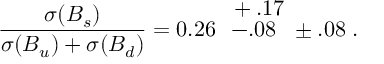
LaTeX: \frac { \sigma ( B _ { s } ) } { \sigma ( B _ { u } ) + \sigma ( B _ { d } ) } = 0 . 2 6 \mathrm { ~ \scriptsize { \stackrel { \textstyle ~ + . 1 7 } { - . 0 8 } } ~ } \pm . 0 8 \; .